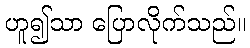
ဟူ၍သာ ပြောလိုက်သည်။